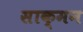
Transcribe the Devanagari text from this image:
साक्मन